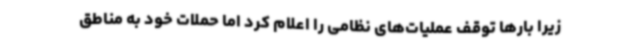
زیرا بارها توقف عملیات‌های نظامی را اعلام کرد اما حملات خود به مناطق